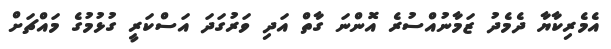
އެމެރިކާޔާ ދެމެދު ޒަމާނުއްސުރެ އޮންނަ ގާތް އަދި ވަރުގަދަ އަސްކަރީ ގުޅުމުގެ މައްޗަށް